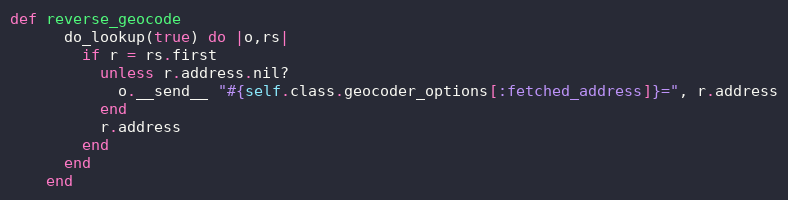
Language: Ruby
def reverse_geocode
      do_lookup(true) do |o,rs|
        if r = rs.first
          unless r.address.nil?
            o.__send__ "#{self.class.geocoder_options[:fetched_address]}=", r.address
          end
          r.address
        end
      end
    end